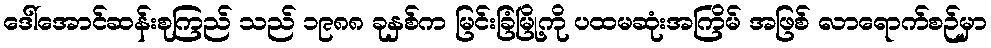
ဒေါ်အောင်ဆန်းစုကြည် သည် ၁၉၈၈ ခုနှစ်က မြင်းခြံမြို့ကို ပထမဆုံးအကြိမ် အဖြစ် လာရောက်စဉ်မှာ